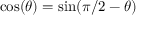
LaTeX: \cos ( \theta ) = \sin ( \pi / 2 - \theta )